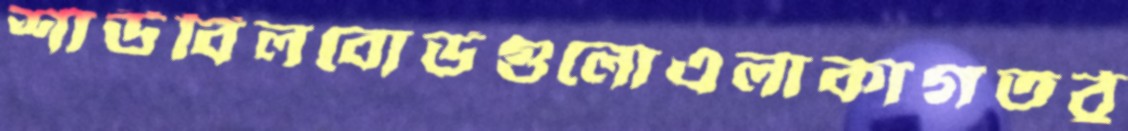
শাউবিলবোর্ডগুলোএলাকাগতঠু